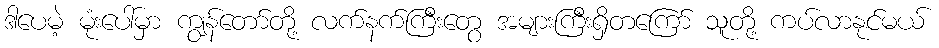
ဒါပေမဲ့ မုံးပေါ်မှာ ကျွန်တော်တို့ လက်နက်ကြီးတွေ အများကြီးရှိတကြော် သူတို့ ကပ်လာနုင်မယ်